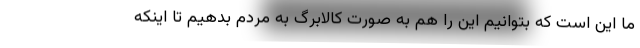
ما این است که بتوانیم این را هم به صورت کالابرگ به مردم بدهیم تا اینکه